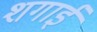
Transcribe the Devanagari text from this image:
शगाई